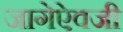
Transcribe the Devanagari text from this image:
जागेऐवजी